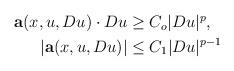
LaTeX: \begin{align*}\begin{aligned}{\bf a}(x,u,Du)\cdot Du&\ge C_o |Du|^p,\\|{\bf a}(x,u,Du)|&\le C_1|Du|^{p-1}\end{aligned}\end{align*}